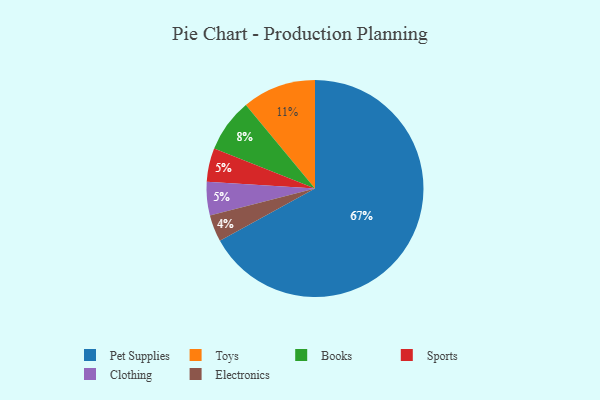
{"axis": {"x": "Category", "y": "Percentage"}, "legend": ["Books", "Clothing", "Electronics", "Pet Supplies", "Sports", "Toys"], "data": [{"x": "Electronics", "y": 4, "type": "Electronics"}, {"x": "Sports", "y": 5, "type": "Sports"}, {"x": "Clothing", "y": 5, "type": "Clothing"}, {"x": "Toys", "y": 11, "type": "Toys"}, {"x": "Pet Supplies", "y": 67, "type": "Pet Supplies"}, {"x": "Books", "y": 8, "type": "Books"}]}